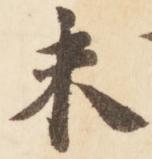
未